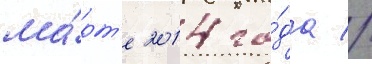
ма́рт'е 2014 го́да //